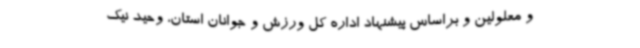
و معلولین و براساس پیشنهاد اداره کل ورزش و جوانان استان، وحید نیک